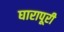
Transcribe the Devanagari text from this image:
घारापूरी